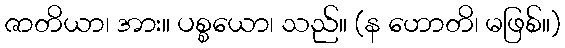
ဇာတိယာ၊ အား။ ပစ္စယော၊ သည်။ (န ဟောတိ၊ မဖြစ်။)